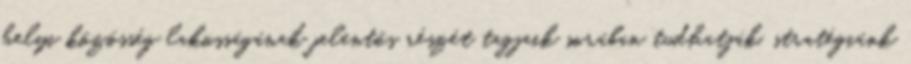
helyi közösség lakosságának jelentős részét tagjaik sorában tudhatják, stratégiánk